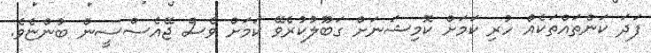
ފަދަ ކަންތައްތަކެއް ހުރި ކަމަށް ކޮމިޝަނަށް ގަބޫލުކުރެވޭ ކަމަށް ވެސް ޖޭއެސްސީން ބުންޏެވެ.